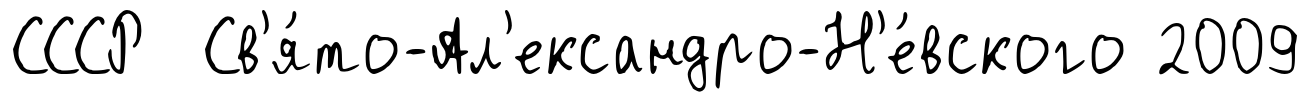
СССР Св'я́то-Ал'ександро-Н'е́вского 2009